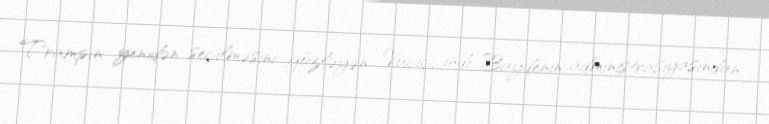
Trampın yenidən seçilməsini gözləyən Vuçiç, indi Baydenin administrasiyasından